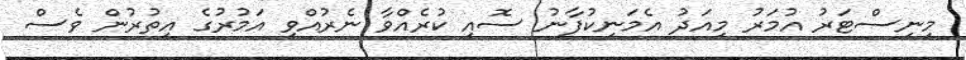
މިނިސްޓަރު އުމަރު މިއަދު އެމަނިކުފާނު ސޮއި ކުރެއްވާ ނެރުއްވި އަމުރުގެ އިތުރުން ވެސް